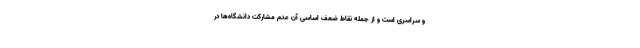
و سراسری است و از جمله نقاط ضعف اساسی آن عدم مشارکت دانشگاه‌ها در